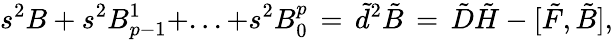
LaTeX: s^{2}B+s^{2}B_{p-1}^{1}+...+s^{2}B_{0}^{p}\, =\, \tilde{d}^{2}\tilde{B}\, =\, \tilde{D}\tilde{H}-[\tilde{F},\tilde{B}],